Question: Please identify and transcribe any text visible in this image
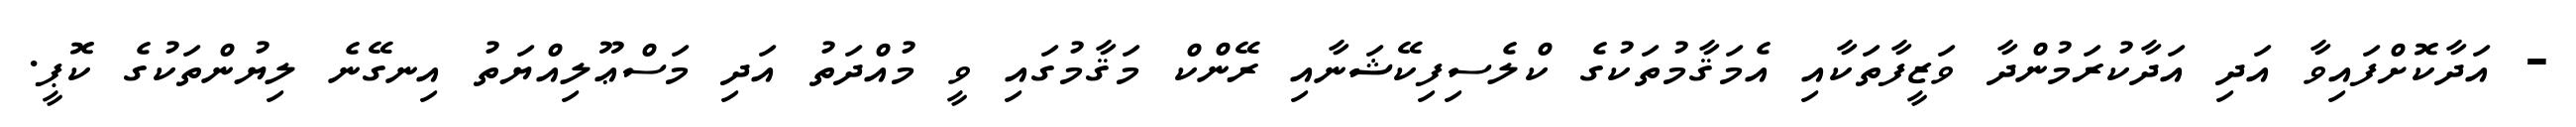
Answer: - އަދާކޮށްފައިވާ އަދި އަދާކުރަމުންދާ ވަޒީފާތަކާއި އެމަޤާމުތަކުގެ ކްލެސިފިކޭޝަނާއި ރޭންކް މަޤާމުގައި ވީ މުއްދަތު އަދި މަސްޢޫލިއްޔަތު އިނގޭނެ ލިޔުންތަކުގެ ކޮޕީ.